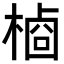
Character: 𬃺